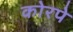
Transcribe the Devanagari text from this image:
कोरपे